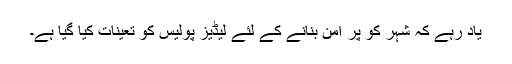
یاد رہے کہ شہر کو پر امن بنانے کے لئے لیڈیز پولیس کو تعینات کیا گیا ہے۔